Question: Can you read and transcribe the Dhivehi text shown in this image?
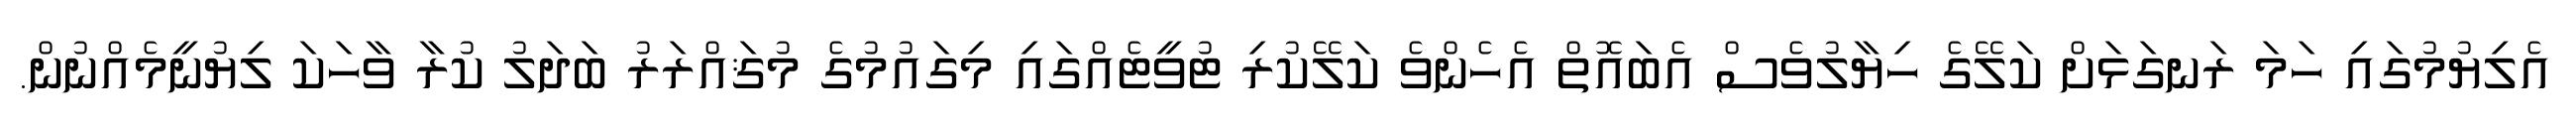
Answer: އެލިޔުމުގައި ހަމަ ރަނގަޅަށް ކަލޭގެ ހިޔާލުވެސް އެބައޮތް އެހެންވެ ކަލޭކުރި ޓުވީޓެއްގައި މިގައުމުގެ މުޤައްރަރު ބަދަލު ކުރާ ވާހަކަ ލިޔުނީމެއްނުން.